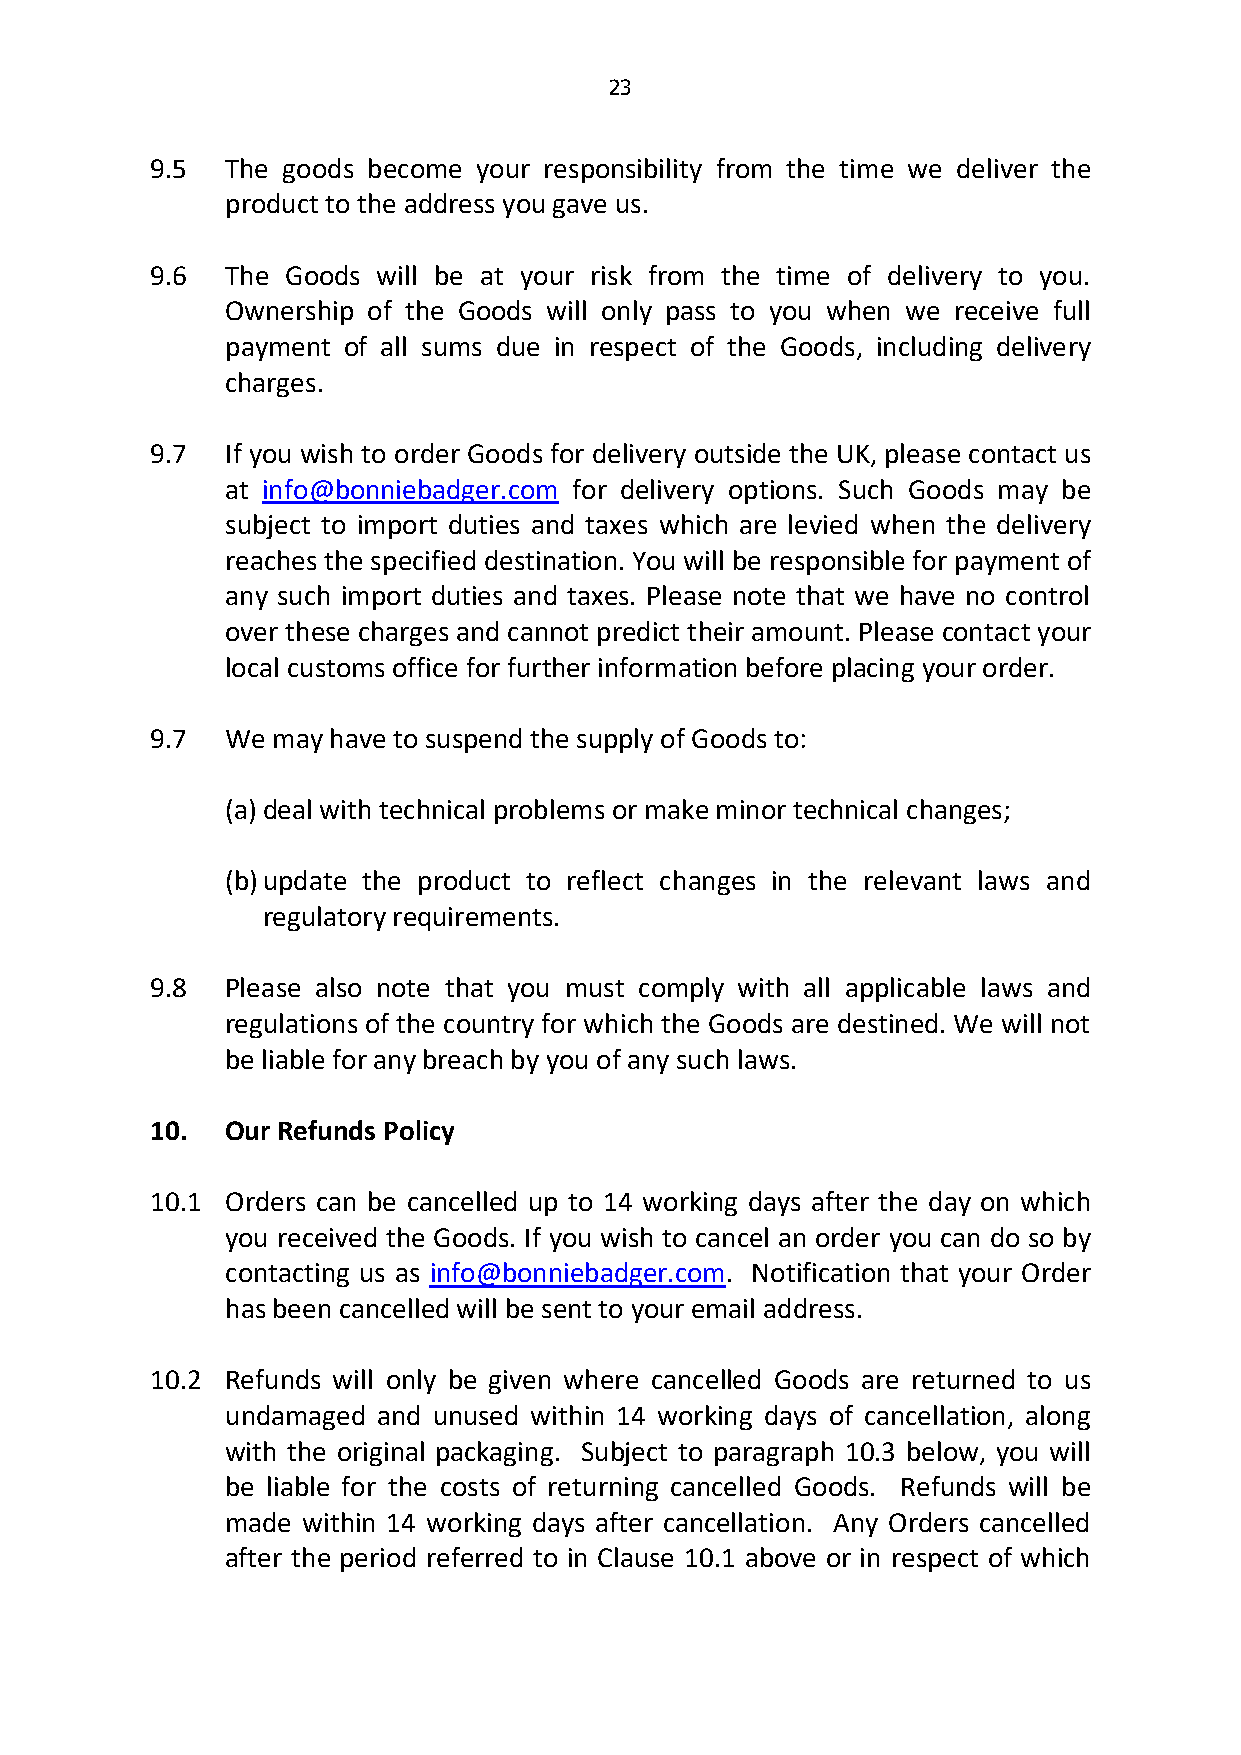
23
 9.5  The goods become your responsibility from the time we deliver the
 product to the address you gave us.
 9.6  The Goods will be at your risk from the time of delivery to you.
 Ownership of the Goods will only pass to you when we receive full
 payment of all sums due in respect of the Goods, including delivery
 charges.
 9.7  If you wish to order Goods for delivery outside the UK, please contact us
 at info@bonniebadger.com for delivery options. Such Goods may be
 subject to import duties and taxes which are levied when the delivery
 reaches the specified destination. You will be responsible for payment of
 any such import duties and taxes. Please note that we have no control
 over these charges and cannot predict their amount. Please contact your
 local customs office for further information before placing your order.
 9.7  We may have to suspend the supply of Goods to:
 (a) deal with technical problems or make minor technical changes;
 (b) update the product to reflect changes in the relevant laws and
 regulatory requirements.
 9.8  Please also note that you must comply with all applicable laws and
 regulations of the country for which the Goods are destined. We will not
 be liable for any breach by you of any such laws.
 10.  Our Refunds Policy
 10.1 Orders can be cancelled up to 14 working days after the day on which
 you received the Goods. If you wish to cancel an order you can do so by
 contacting us as info@bonniebadger.com. Notification that your Order
 has been cancelled will be sent to your email address.
 10.2 Refunds will only be given where cancelled Goods are returned to us
 undamaged and unused within 14 working days of cancellation, along
 with the original packaging. Subject to paragraph 10.3 below, you will
 be liable for the costs of returning cancelled Goods. Refunds will be
 made within 14 working days after cancellation. Any Orders cancelled
 after the period referred to in Clause 10.1 above or in respect of which